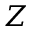
Z